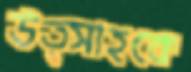
উত্সাহকে